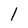
Character: l